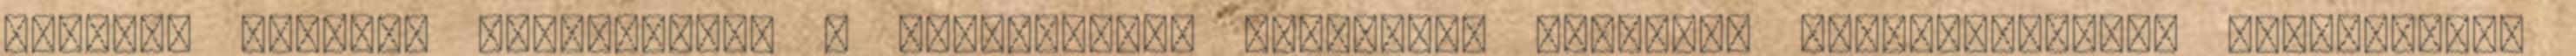
Baromfi fehérje hidrolizált , Almarostot, Ásványok, Élesztő, Gyógynövények, Gyümölcsök,